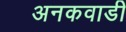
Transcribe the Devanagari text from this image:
अनकवाडी